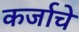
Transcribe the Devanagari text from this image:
कर्जाचे